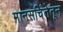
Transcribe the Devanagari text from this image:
मानसचिंतेतून